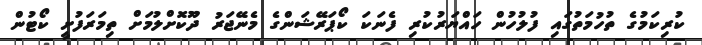
ކުރިކަމުގެ ތުހުމަތުގައި ފުލުހުން ހައްޔަރުކުރި ފެނަކަ ކޯޕަރޭޝަންގެ މެނޭޖަރު ދޫކޮށްލުމަށް ތިމަރަފުށީ ކޯޓުން